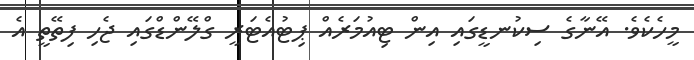
މީހެކެވެ. އޭނާގެ ސިކުނޑީގައި އިން ޓިއުމަރެއް ޕިޓުއެޓަރީ ގްލޭންޑްގައި ޖެހި ފިތޭތީ އެ